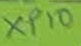
Text: XP10